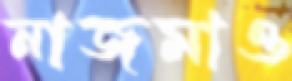
নাজমাও